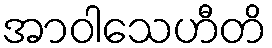
အာဝါသေဟီတိ